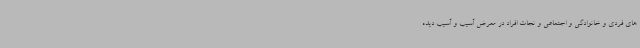
های فردی و خانوادگی و اجتماعی و نجات افراد در معرض آسیب و آسیب دیده